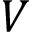
V